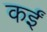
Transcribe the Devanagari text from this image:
कर्इं